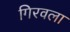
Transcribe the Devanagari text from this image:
गिरवला